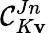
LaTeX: \mathcal{C}_{K\mathbf{v}}^{Jn}